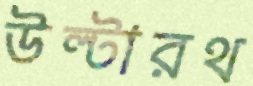
উল্টারথ